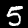
Digit: 5